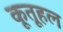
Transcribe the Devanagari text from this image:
कूतूहल